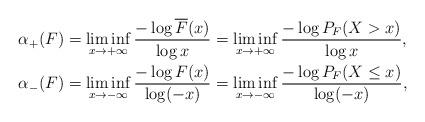
LaTeX: \begin{align*}& \alpha_+(F) = \liminf_{x\to +\infty} \frac{-\log \overline F(x) }{\log x} = \liminf_{x\to +\infty} \frac{-\log P_F(X>x) }{\log x}, \\& \alpha_-(F) = \liminf_{x\to -\infty} \frac{-\log F(x) }{\log (-x)}=\liminf_{x\to -\infty} \frac{-\log P_F(X\leq x) }{\log (-x)},\end{align*}